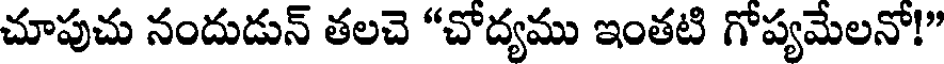
చూపుచు నందుడున్ తలచె "చోద్యము ఇంతటి గోప్యమేలనో!"